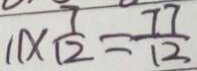
1 1 \times \frac { 7 } { 1 2 } = \frac { 7 7 } { 1 2 }